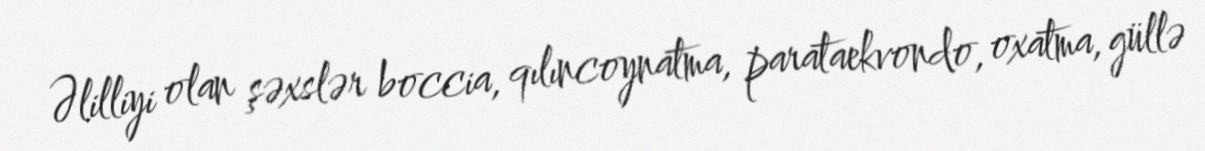
Əlilliyi olan şəxslər boccia, qılıncoynatma, parataekvondo, oxatma, güllə